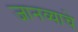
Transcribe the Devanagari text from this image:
जानव्याचे